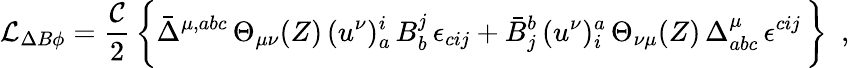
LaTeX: {\cal L}_{\Delta B\phi}=\frac{{\cal C}}{2}\, \biggl\{ \bar{\Delta}^{\mu,abc}\, \Theta_{\mu\nu}(Z)\, (u^{\nu})_{a}^{i}\, B_{b}^{j}\, \epsilon_{cij}+\bar{B}_{j}^{b}\, (u^{\nu})_{i}^{a}\, \Theta_{\nu\mu}(Z)\, {\Delta}_{abc}^{\mu}\, \epsilon^{cij}\, \biggr\} \, \, \, ,